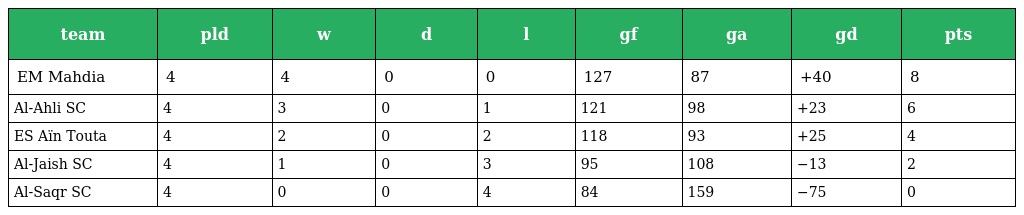
| team | pld | w | d | l | gf | ga | gd | pts |
 | --- | --- | --- | --- | --- | --- | --- | --- | --- |
 | EM Mahdia | 4 | 4 | 0 | 0 | 127 | 87 | +40 | 8 |
 | Al-Ahli SC | 4 | 3 | 0 | 1 | 121 | 98 | +23 | 6 |
 | ES Aïn Touta | 4 | 2 | 0 | 2 | 118 | 93 | +25 | 4 |
 | Al-Jaish SC | 4 | 1 | 0 | 3 | 95 | 108 | −13 | 2 |
 | Al-Saqr SC | 4 | 0 | 0 | 4 | 84 | 159 | −75 | 0 |